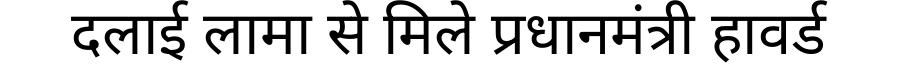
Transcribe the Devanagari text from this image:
दलाई लामा से मिले प्रधानमंत्री हावर्ड